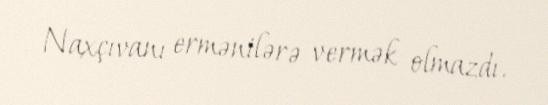
Naxçıvanı ermənilərə vermək olmazdı.